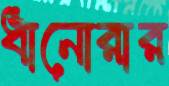
ধানোরার